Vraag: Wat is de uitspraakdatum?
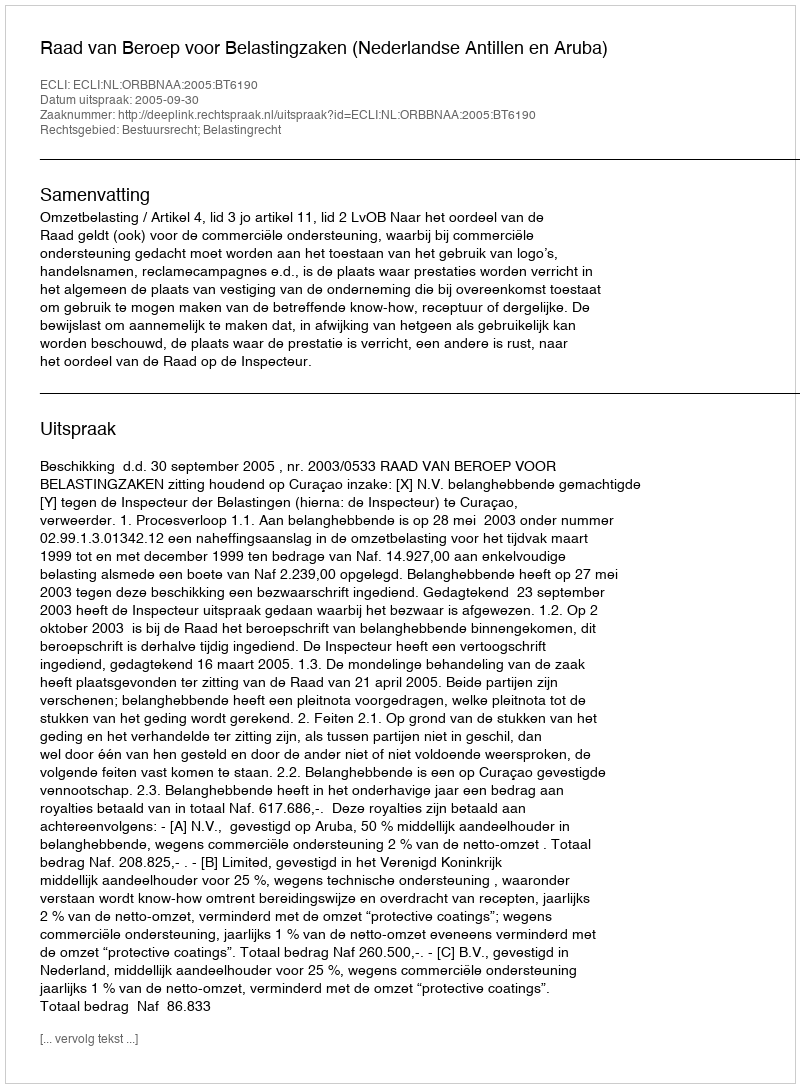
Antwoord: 2005-09-30